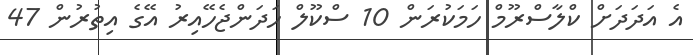
އެ އަދަދަށް ކްލާސްރޫމް ހަމަކުރަން 10 ސްކޫލް ހަދަންޖެހޭއިރު އޭގެ އިތުރުން 47